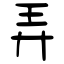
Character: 弄